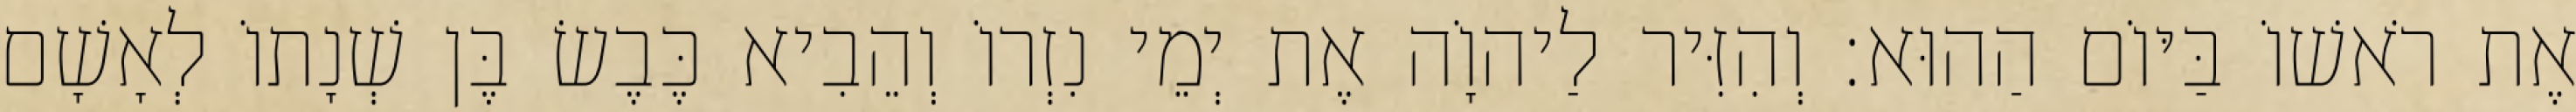
אֶת רֹאשׁוֹ בַּיּוֹם הַהוּא׃ וְהִזִּיר לַיהוָֹה אֶת יְמֵי נִזְרוֹ וְהֵבִיא כֶּבֶשׂ בֶּן שְׁנָתוֹ לְאָשָׁם